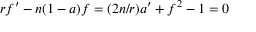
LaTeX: r f ^ { \prime } - n ( 1 - a ) f = ( 2 n / r ) a ^ { \prime } + f ^ { 2 } - 1 = 0